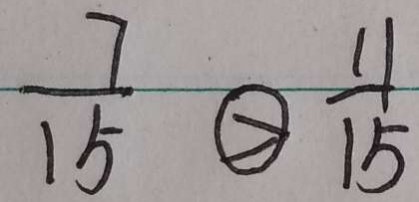
\frac { 7 } { 1 5 } \textcircled { > } \frac { 1 1 } { 1 5 }